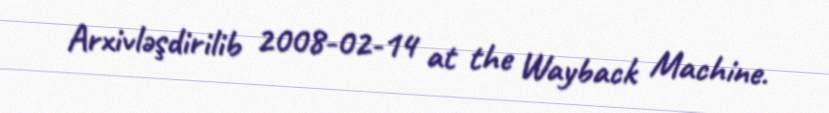
Arxivləşdirilib 2008-02-14 at the Wayback Machine.